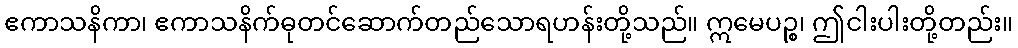
ဧကာသနိကာ၊ ဧကာသနိက်ဓုတင်ဆောက်တည်သောရဟန်းတို့သည်။ ဣမေပဉ္စ၊ ဤငါးပါးတို့တည်း။